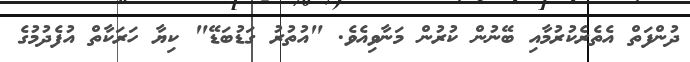
ދުންފަތް އެތެރެކުރުމާއި ބޭނުން ކުރުން މަނާވިއެވެ. "އުތުރު ގަޑުބަޑޭ" ކިޔާ ހަރަކާތް އުފެދުމުގެ